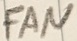
Text: FAN